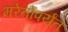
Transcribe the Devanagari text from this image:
मरेतोंपर्यंत